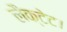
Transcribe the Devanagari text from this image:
लैक्टेट।